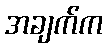
အချက်က